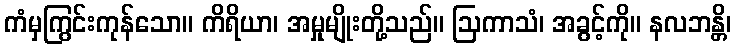
ကံမှကြွင်းကုန်သော။ ကိရိယာ၊ အမှုမျိုးတို့သည်။ ဩကာသံ၊ အခွင့်ကို။ နလဘန္တိ၊